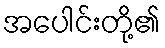
အပေါင်းတို့၏